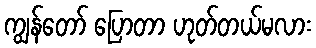
ကျွန်တော် ပြောတာ ဟုတ်တယ်မလား